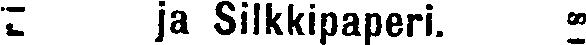
# ja Silkkipaperi. #